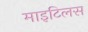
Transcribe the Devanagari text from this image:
माइटिलस